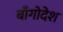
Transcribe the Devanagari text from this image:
बाँगोदेश